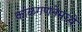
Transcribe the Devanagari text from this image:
काळगणनेमध्ये